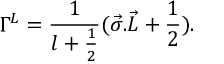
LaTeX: { \Gamma } ^ { L } = { \frac { 1 } { l + \frac { 1 } { 2 } } } ( { \vec { \sigma } . \vec { L } } + \frac { 1 } { 2 } ) .